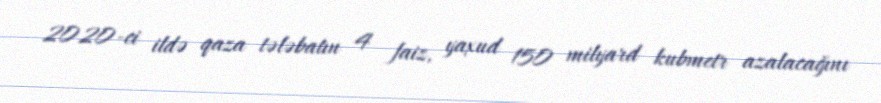
2020-ci ildə qaza tələbatın 4 faiz, yaxud 150 milyard kubmetr azalacağını